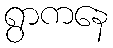
ရွာကနေ